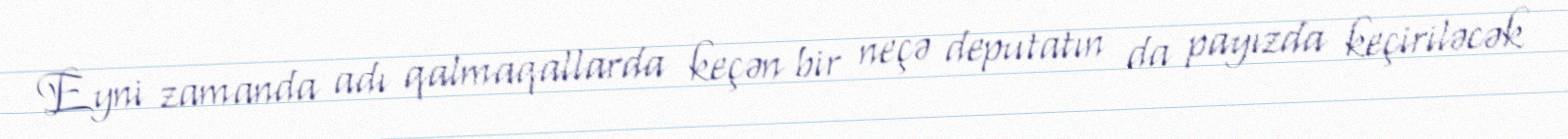
Eyni zamanda adı qalmaqallarda keçən bir neçə deputatın da payızda keçiriləcək